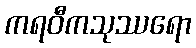
ကရဝီကသုဿရော